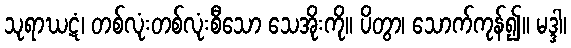
သုရာဃဋံ၊ တစ်လုံးတစ်လုံးစီသော သေအိုးကို။ ပိတွာ၊ သောက်ကုန်၍။ မဒ္ဒါ၊